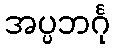
အပ္ပဘင်္ဂု